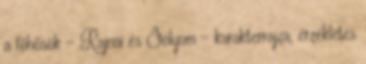
a főhősök – Rajnai és Sólyom – karakterrajza, érzékletes